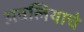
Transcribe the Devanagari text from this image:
अवलियाचे